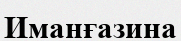
Иманғазина